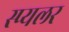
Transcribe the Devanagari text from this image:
स्प्यलर